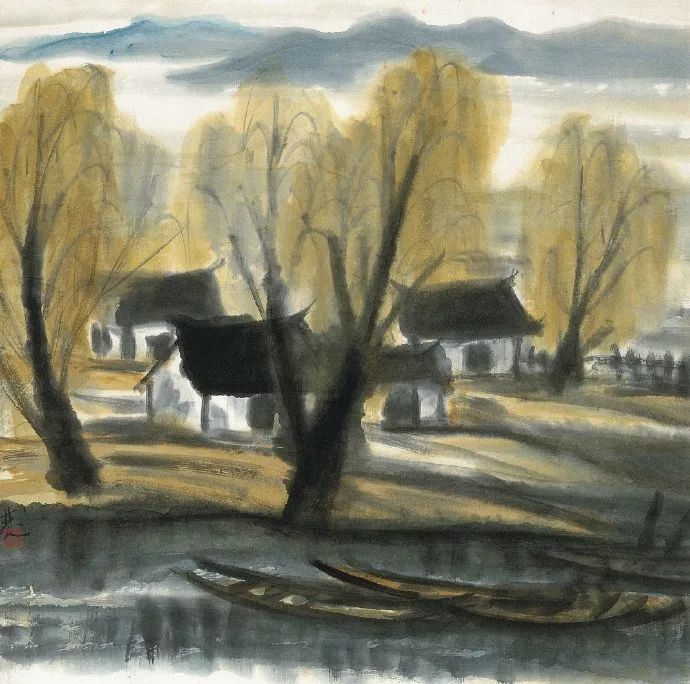
莫笑贱贫夸富贵，共成枯骨两何如？